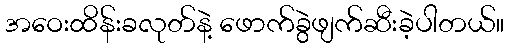
အဝေးထိန်းခလုတ်နဲ့ ဖောက်ခွဲဖျက်ဆီးခဲ့ပါတယ်။